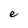
Character: e